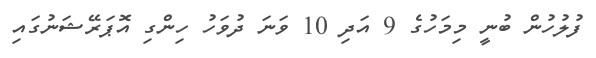
ފުލުހުން ބުނީ މިމަހުގެ 9 އަދި 10 ވަނަ ދުވަހު ހިންގި އޮޕަރޭޝަނުގައި